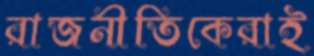
রাজনীতিকেরাই